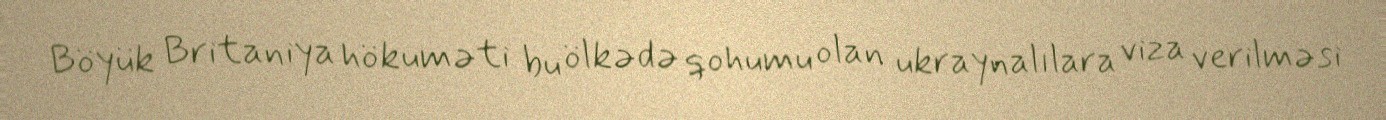
Böyük Britaniya hökuməti bu ölkədə qohumu olan ukraynalılara viza verilməsi